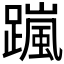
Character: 𨅏